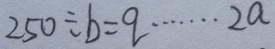
2 5 0 \div b = q \cdots 2 a